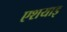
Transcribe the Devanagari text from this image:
एशयाइ